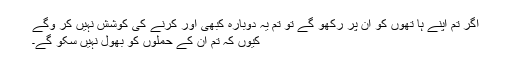
اگر تم اپنے ہا تھوں کو ان پر رکھو گے تو تم یہ دوبارہ کبھی اور کرنے کی کوشش نہیں کر وگے
کیوں کہ تم ان کے حملوں کو بھول نہیں سکو گے۔